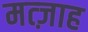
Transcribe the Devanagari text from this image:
मत्ज़ाह